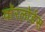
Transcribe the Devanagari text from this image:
वाॅरलाॅर्डस